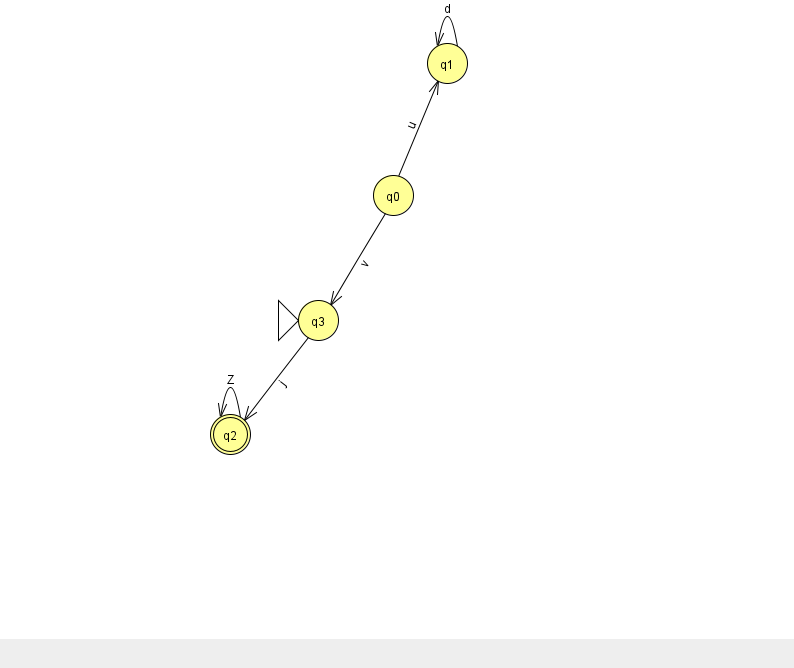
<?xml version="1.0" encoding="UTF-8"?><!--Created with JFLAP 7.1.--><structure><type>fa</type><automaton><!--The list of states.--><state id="0" name="q0"><x>393.0</x><y>182.0</y></state><state id="1" name="q1"><x>447.0</x><y>50.0</y></state><state id="2" name="q2"><x>230.0</x><y>421.0</y><final/></state><state id="3" name="q3"><x>318.0</x><y>307.0</y><initial/></state><!--The list of transitions.--><transition><from>0</from><to>1</to><read>u</read></transition><transition><from>1</from><to>1</to><read>d</read></transition><transition><from>0</from><to>3</to><read>v</read></transition><transition><from>2</from><to>2</to><read>Z</read></transition><transition><from>3</from><to>2</to><read>j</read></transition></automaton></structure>